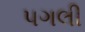
પગલી